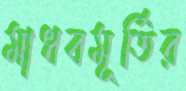
মাধবমূর্তির